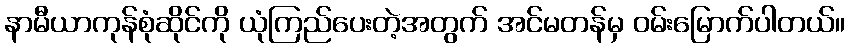
နာမီယာကုန်စုံဆိုင်ကို ယုံကြည်ပေးတဲ့အတွက် အင်မတန်မှ ဝမ်းမြောက်ပါတယ်။